Report on the Civil Veterinary Department, Eastern Bengal and Assam - 1907-1911
Year: 1907
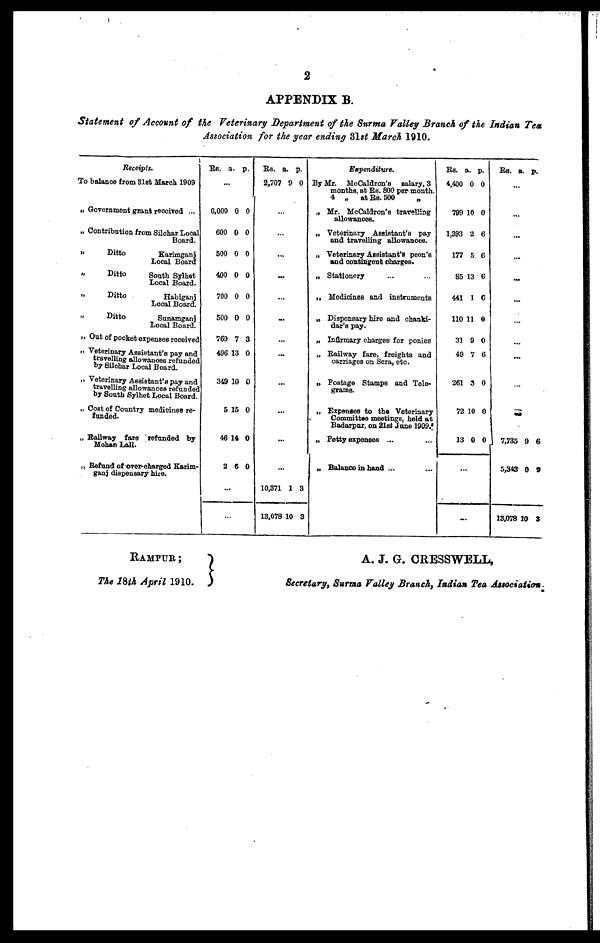
2
APPENDIX B.
Statement of Account of the Veterinary Department of the Surma Valley Branch of the Indian Tea
Association for the year ending 31st March 1910.
Receipts.
To balance from 31et March 1909
„ Government grant received ...
„ Contribution from Silchar Local
Board.
„ Ditto
Karimgani
Local Board
„ Ditto
South Sylhet
Local Board.
„
Ditto
Habiganj
Local Board.
„
Ditto
Sunamganj
Local Board.
„ Out of pocket expenses received
„ Veterinary Assistant's pay and
travelling allowances refunded
by Silchar Local Board.
„ Veterinary Assistant's pay and
travelling allowances refunded
by South Sylhet Local Board.
„ Cost of Country medicines re-
funded.
„ Railway fare refunded by
Mohan Lall.
„ Refund of over-charged Karim-
ganj dispensary hire.
Rs. a. p.
...
6,000 0 0
600 0 0
500 0 0
400 0 0
700 0 0
500 0 0
769 7 3
496 13 0
349 10 0
5 15 0
46 14 0
2 6 0
...
...
Rs. a. p.
2,707 9 0
...
...
...
...
...
...
...
...
...
...
...
...
10,371 1 3
13,078 10 3
Expenditure.
By Mr. McCaldron's salary, 3
months, at Rs. 800 per month.
4 „ at Rs. 500
„
„ Mr. McCaldron's travelling
allowances.
„ Veterinary Assistant's pay
and travelling allowances.
„ Veterinary Assistant's peon's
and contingent charges.
„ Stationery ... ...
„ Medicines and instruments
„ Dispensary hire and chanki-
dar's pay.
„ Infirmary charges for ponies
„ Railway fare, freights and
carriages on Sera, etc.
„ Postage Stamps and Tele-
grams.
„ Expenses to the Veterinary
Committee meetings, held at
Badarpur, on 21st June 1909.
„ Petty expenses ... ...
„ Balance in hand ... ...
Rs. a. p.
4,400 0 0
799 10 0
1,393 2 6
177 5 6
85 13 6
441 1 6
110 11 0
31 9 0
49 7 6
261 3 0
72 10 0
13 0 0
...
...
Rs. a. p.
...
...
...
...
...
...
...
...
...
...
...
7,735 9 6
5,343 0 9
13,078 10 3
RAMPUR;
The 18th April 1910.
A. J. G. CRESSWELL,
Secretary, Surma Valley Branch, Indian Tea Association